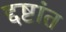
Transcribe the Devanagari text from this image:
द्दष्टांत